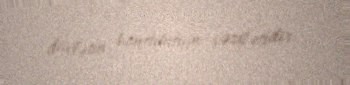
dövlətin konstitusion vəzifəsidir.